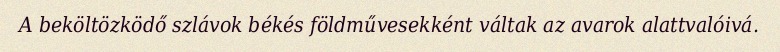
A beköltözködő szlávok békés földművesekként váltak az avarok alattvalóivá.